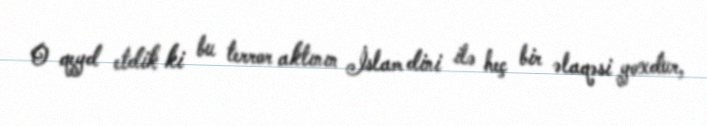
O qeyd etdik ki bu terror aktının İslam dini ilə heç bir əlaqəsi yoxdur,